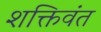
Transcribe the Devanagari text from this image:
शक्तिवंत